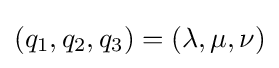
(q_{1},q_{2},q_{3})=(\lambda ,\mu ,\nu )